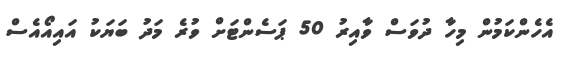
އެހެންކަމުން މިހާ ދުވަސް ވާއިރު 50 ޕަސެންޓަށް ވުރެ މަދު ބަޔަކު އައިއޯއެސް